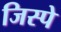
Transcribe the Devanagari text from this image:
जिस्पे